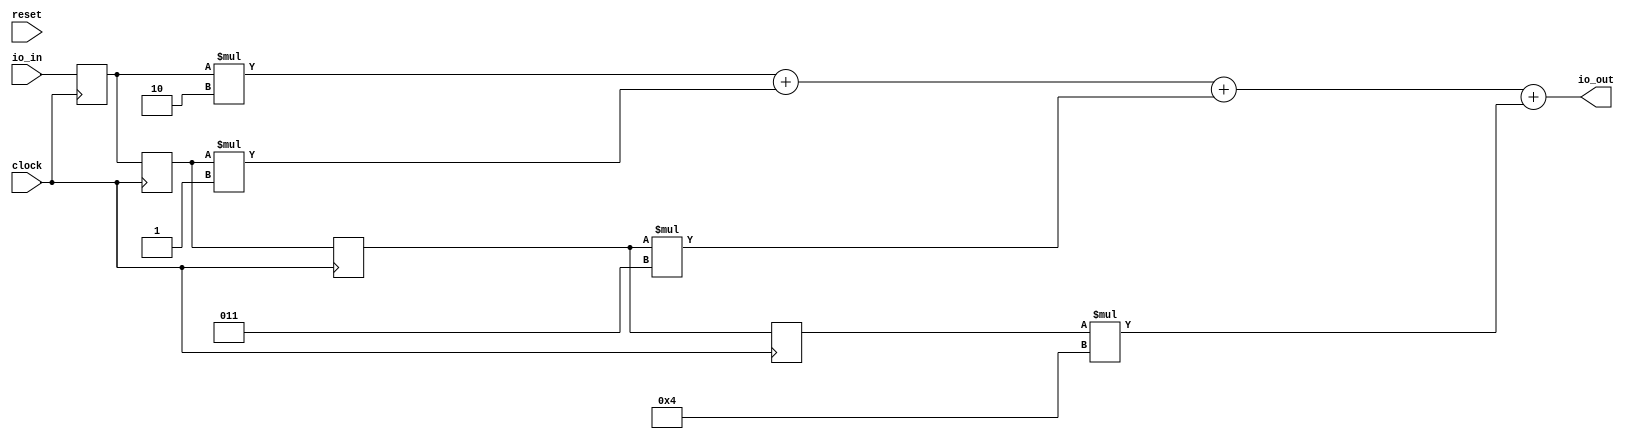
module FirFilter( // @[:@3.2]
  input        clock, // @[:@4.4]
  input        reset, // @[:@5.4]
  input  [7:0] io_in, // @[:@6.4]
  output [7:0] io_out // @[:@6.4]
);
  reg [7:0] zs_0; // @[FirFilter.scala 13:15:@8.4]
  reg [31:0] _RAND_0;
  reg [7:0] zs_1; // @[FirFilter.scala 13:15:@8.4]
  reg [31:0] _RAND_1;
  reg [7:0] zs_2; // @[FirFilter.scala 13:15:@8.4]
  reg [31:0] _RAND_2;
  reg [7:0] zs_3; // @[FirFilter.scala 13:15:@8.4]
  reg [31:0] _RAND_3;
  wire [9:0] _T_18; // @[FirFilter.scala 20:61:@13.4]
  wire [8:0] _T_19; // @[FirFilter.scala 20:61:@14.4]
  wire [10:0] _T_20; // @[FirFilter.scala 20:61:@15.4]
  wire [11:0] products_3; // @[FirFilter.scala 20:61:@16.4]
  wire [11:0] products_0; // @[FirFilter.scala 20:49:@17.4 FirFilter.scala 20:49:@18.4]
  wire [11:0] products_1; // @[FirFilter.scala 20:49:@17.4 FirFilter.scala 20:49:@19.4]
  wire [12:0] _T_31; // @[FirFilter.scala 23:31:@22.4]
  wire [11:0] _T_32; // @[FirFilter.scala 23:31:@23.4]
  wire [11:0] _T_33; // @[FirFilter.scala 23:31:@24.4]
  wire [11:0] products_2; // @[FirFilter.scala 20:49:@17.4 FirFilter.scala 20:49:@20.4]
  wire [12:0] _T_34; // @[FirFilter.scala 23:31:@25.4]
  wire [11:0] _T_35; // @[FirFilter.scala 23:31:@26.4]
  wire [11:0] _T_36; // @[FirFilter.scala 23:31:@27.4]
  wire [12:0] _T_37; // @[FirFilter.scala 23:31:@28.4]
  wire [11:0] _T_38; // @[FirFilter.scala 23:31:@29.4]
  wire [11:0] _T_39; // @[FirFilter.scala 23:31:@30.4]
  wire [7:0] _GEN_0; // @[FirFilter.scala 23:10:@31.4]
  assign _T_18 = $signed(zs_0) * $signed(-8'sh2); // @[FirFilter.scala 20:61:@13.4]
  assign _T_19 = $signed(zs_1) * $signed(-8'sh1); // @[FirFilter.scala 20:61:@14.4]
  assign _T_20 = $signed(zs_2) * $signed(8'sh3); // @[FirFilter.scala 20:61:@15.4]
  assign products_3 = $signed(zs_3) * $signed(8'sh4); // @[FirFilter.scala 20:61:@16.4]
  assign products_0 = {{2{_T_18[9]}},_T_18}; // @[FirFilter.scala 20:49:@17.4 FirFilter.scala 20:49:@18.4]
  assign products_1 = {{3{_T_19[8]}},_T_19}; // @[FirFilter.scala 20:49:@17.4 FirFilter.scala 20:49:@19.4]
  assign _T_31 = $signed(products_0) + $signed(products_1); // @[FirFilter.scala 23:31:@22.4]
  assign _T_32 = $signed(products_0) + $signed(products_1); // @[FirFilter.scala 23:31:@23.4]
  assign _T_33 = $signed(_T_32); // @[FirFilter.scala 23:31:@24.4]
  assign products_2 = {{1{_T_20[10]}},_T_20}; // @[FirFilter.scala 20:49:@17.4 FirFilter.scala 20:49:@20.4]
  assign _T_34 = $signed(_T_33) + $signed(products_2); // @[FirFilter.scala 23:31:@25.4]
  assign _T_35 = $signed(_T_33) + $signed(products_2); // @[FirFilter.scala 23:31:@26.4]
  assign _T_36 = $signed(_T_35); // @[FirFilter.scala 23:31:@27.4]
  assign _T_37 = $signed(_T_36) + $signed(products_3); // @[FirFilter.scala 23:31:@28.4]
  assign _T_38 = $signed(_T_36) + $signed(products_3); // @[FirFilter.scala 23:31:@29.4]
  assign _T_39 = $signed(_T_38); // @[FirFilter.scala 23:31:@30.4]
  assign _GEN_0 = _T_39[7:0]; // @[FirFilter.scala 23:10:@31.4]
  assign io_out = $signed(_GEN_0); // @[FirFilter.scala 23:10:@31.4]
`ifdef RANDOMIZE_GARBAGE_ASSIGN
`define RANDOMIZE
`endif
`ifdef RANDOMIZE_INVALID_ASSIGN
`define RANDOMIZE
`endif
`ifdef RANDOMIZE_REG_INIT
`define RANDOMIZE
`endif
`ifdef RANDOMIZE_MEM_INIT
`define RANDOMIZE
`endif
`ifndef RANDOM
`define RANDOM $random
`endif
`ifdef RANDOMIZE
  integer initvar;
  initial begin
    `ifdef INIT_RANDOM
      `INIT_RANDOM
    `endif
    `ifndef VERILATOR
      #0.002 begin end
    `endif
  `ifdef RANDOMIZE_REG_INIT
  _RAND_0 = {1{`RANDOM}};
  zs_0 = _RAND_0[7:0];
  `endif // RANDOMIZE_REG_INIT
  `ifdef RANDOMIZE_REG_INIT
  _RAND_1 = {1{`RANDOM}};
  zs_1 = _RAND_1[7:0];
  `endif // RANDOMIZE_REG_INIT
  `ifdef RANDOMIZE_REG_INIT
  _RAND_2 = {1{`RANDOM}};
  zs_2 = _RAND_2[7:0];
  `endif // RANDOMIZE_REG_INIT
  `ifdef RANDOMIZE_REG_INIT
  _RAND_3 = {1{`RANDOM}};
  zs_3 = _RAND_3[7:0];
  `endif // RANDOMIZE_REG_INIT
  end
`endif // RANDOMIZE
  always @(posedge clock) begin
    zs_0 <= io_in;
    zs_1 <= zs_0;
    zs_2 <= zs_1;
    zs_3 <= zs_2;
  end
endmodule